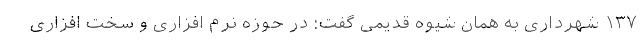
۱۳۷ شهرداری به همان شیوه قدیمی گفت: در حوزه نرم افزاری و سخت افزاری